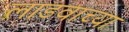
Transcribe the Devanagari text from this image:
लाडवाच्या